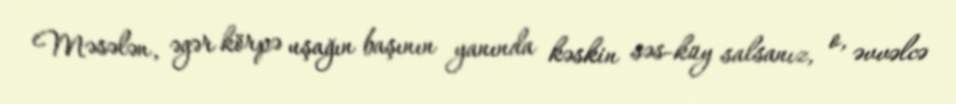
Məsələn, əgər körpə uşağın başının yanında kəskin səs-küy salsanız, o, əvvəlcə